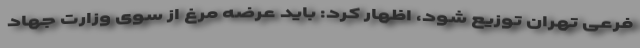
فرعی تهران توزیع شود، اظهار کرد: باید عرضه مرغ از سوی وزارت جهاد